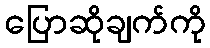
ပြောဆိုချက်ကို